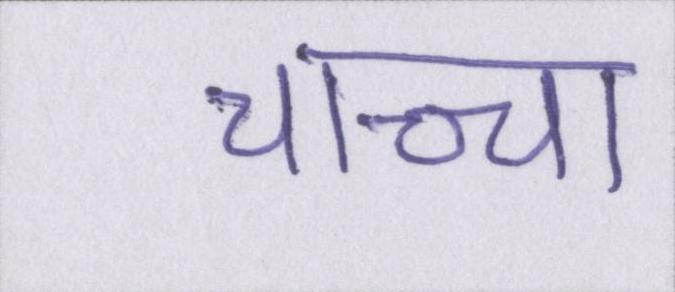
चाच्चा